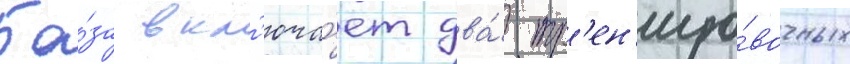
Ба́за вкл'юча́ет два́ тр'ен'иро́вочных